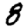
Digit: 8